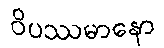
ဝိပဿမာနော